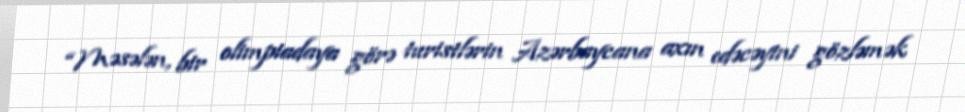
“Məsələn, bir olimpiadaya görə turistlərin Azərbaycana axın edəcəyini gözləmək